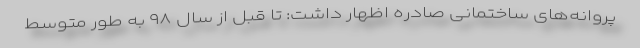
پروانه‌های ساختمانی صادره اظهار داشت: تا قبل از سال ۹۸ به طور متوسط